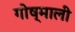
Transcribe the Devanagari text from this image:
गोष्माली